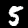
Label: 5